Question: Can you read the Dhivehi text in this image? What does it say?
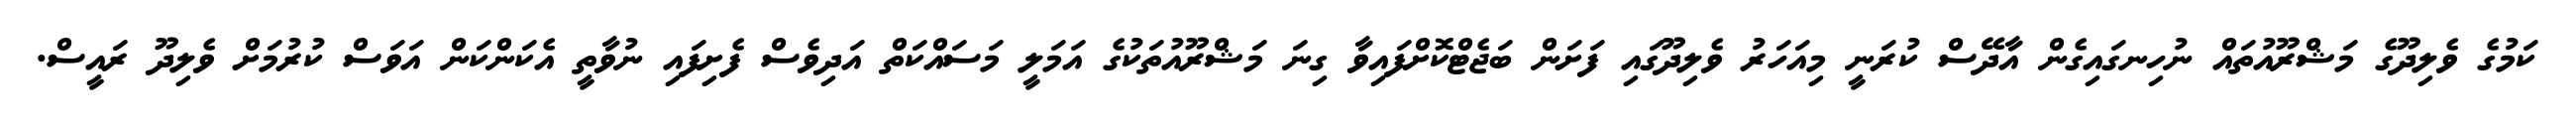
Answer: ކަމުގެ ވެލިދޫގެ މަޝްރޫއުތައް ނުހިނގައިގެން އާދޭސް ކުރަނީ މިއަހަރު ވެލިދޫގައި ފަށަން ބަޖެޓްކޮށްފައިވާ ގިނަ މަޝްރޫއުތަކުގެ އަމަލީ މަސައްކަތް އަދިވެސް ފެށިފައި ނުވާތީ އެކަންކަން އަވަސް ކުރުމަށް ވެލިދޫ ރައީސް.